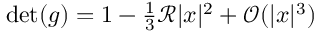
\begin{array} { r } { \operatorname* { d e t } ( g ) = 1 - \frac { 1 } { 3 } \mathcal { R } | x | ^ { 2 } + \mathcal { O } ( | x | ^ { 3 } ) } \end{array}